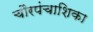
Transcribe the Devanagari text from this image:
चौरपंचाशिका